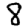
Digit: 8